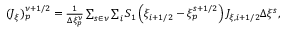
\begin{array} { r } { ( J _ { \xi } ) _ { p } ^ { \nu + 1 / 2 } = \frac { 1 } { \Delta \xi _ { p } ^ { \nu } } \sum _ { s \in \nu } \sum _ { i } S _ { 1 } \left( \xi _ { i + 1 / 2 } - \xi _ { p } ^ { s + 1 / 2 } \right) J _ { \xi , i + 1 / 2 } \Delta \xi ^ { s } , } \end{array}